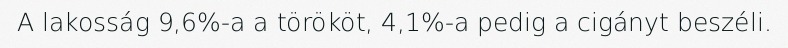
A lakosság 9,6%-a a törököt, 4,1%-a pedig a cigányt beszéli.